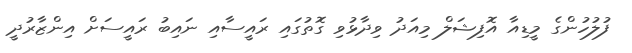
ފުލުހުންގެ މީޑިއާ އޮފިޝަލް މިއަދު ވިދާޅުވި ގޮތުގައި ރައީސާއި ނައިބު ރައީސަށް އިންޒާރުދީ